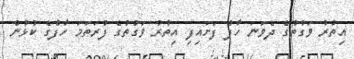
އިތުރު ވަގުތުގެ ދެވަނަ ހާފް ފަށައިފި އިތުރު ވަގުތުގެ ފުރަތަމަ ހާފްގެ ކުޅުން